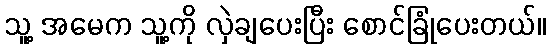
သူ့ အမေက သူ့ကို လှဲချပေးပြီး စောင်ခြုံပေးတယ်။